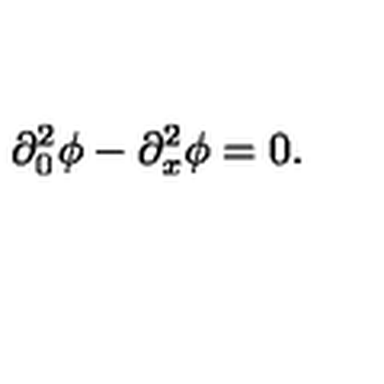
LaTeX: \partial _ { 0 } ^ { 2 } \phi - \partial _ { x } ^ { 2 } \phi = 0 .